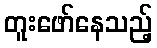
တူးဖော်နေသည့်